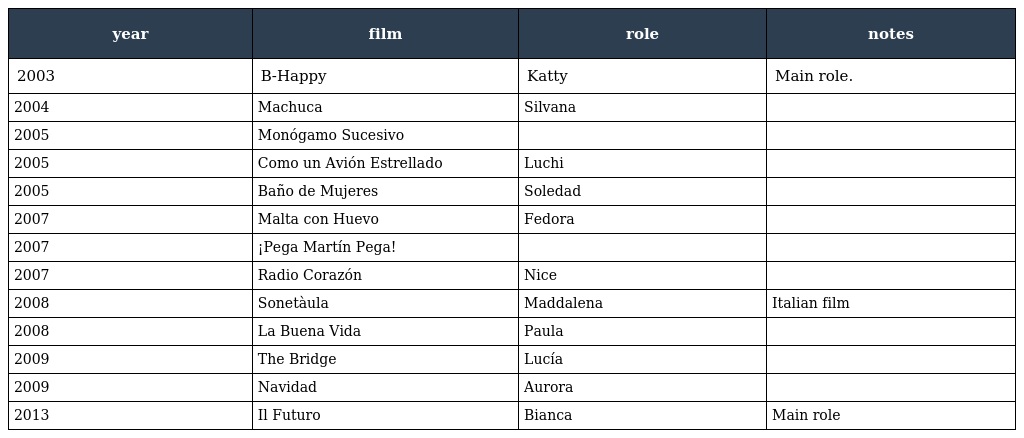
| year | film | role | notes |
 | --- | --- | --- | --- |
 | 2003 | B-Happy | Katty | Main role. |
 | 2004 | Machuca | Silvana |  |
 | 2005 | Monógamo Sucesivo |  |  |
 | 2005 | Como un Avión Estrellado | Luchi |  |
 | 2005 | Baño de Mujeres | Soledad |  |
 | 2007 | Malta con Huevo | Fedora |  |
 | 2007 | ¡Pega Martín Pega! |  |  |
 | 2007 | Radio Corazón | Nice |  |
 | 2008 | Sonetàula | Maddalena | Italian film |
 | 2008 | La Buena Vida | Paula |  |
 | 2009 | The Bridge | Lucía |  |
 | 2009 | Navidad | Aurora |  |
 | 2013 | Il Futuro | Bianca | Main role |